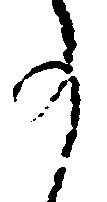
事